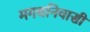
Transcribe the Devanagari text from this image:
मगधनिवासी